Insane asylums in Bengal annual reports 1867-1875 - 1867-1875
Year: 1867
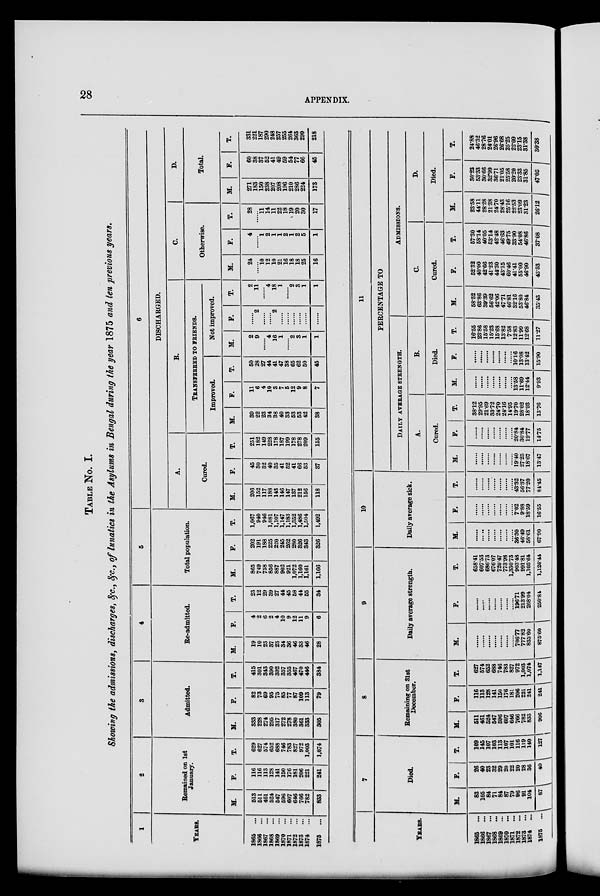
28
APPENDIX.
TABLE No. I.
Showing the admissions, discharges, &c., &c., of lunatics in the Asylums in Bengal during the year 1875 and ten previous years.
1
YEARS
1865
...
1866
...
1867
...
1868
...
1869
...
1870
...
1871
...
1872
...
1873
...
1874
...
1875 ...
2
Remained on 1st
January.
M.
513
511
461
524
547
596
607
646
766
782
833
F.
116
116
113
128
141
150
176
181
206
221
241
T.
629
627
574
652
688
746
783
827
972
1,003
1,074
3
Admitted.
M.
333
228
274
295
317
272
278
380
361
333
305
F.
82
73
69
95
75
85
77
87
109
113
79
T.
415
301
343
390
392
357
355
467
470
446
384
4
Re-admitted.
M.
19
10
23
37
23
34
36
46
33
46
28
F.
4
2
6
2
4
10
9
12
11
9
6
T.
23
12
29
39
27
44
45
58
44
55
34
5
Total population.
M.
865
749
758
856
887
902
921
1,072
1,160
1,161
1,166
F.
202
191
188
225
220
245
262
280
326
343
326
T.
1,067
940
946
1,081
1,107
1,147
1,183
1,352
1,486
1,504
1,492
6
DISCHARGED.
A.
Cured.
M.
206
152
117
188
143
146
147
137
212
156
118
F.
45
30
32
40
35
41
52
41
66
53
37
T.
251
182
149
228
178
187
199
178
278
209
155
B.
TRANSFERRED TO FRIENDS.
Improved.
M.
39
22
23
34
38
40
33
53
53
42
38
F.
11
6
4
10
3
7
5
12
9
8
7
T.
50
28
27
44
41
47
38
65
62
50
45
Not improved.
M.
2
9
......
4
16
1
......
2
3
1
1
F.
......
2
......
......
2
......
......
......
......
......
......
T.
2
11
......
4
18
1
......
2
3
1
1
C.
Otherwise.
M.
24
......
10
12
10
21
16
18
18
25
16
F.
4
......
1
2
1
1
2
1
2
5
1
T.
28
......
11
14
11
22
18
19
20
30
17
D.
Total.
M.
271
183
150
238
207
208
196
210
286
224
173
F.
60
38
37
52
41
49
59
54
77
66
45
T.
331
221
187
290
248
257
255
264
363
290
218
YEARS.
1865
...
1866
...
1867
...
1868
...
1869
...
1870
...
1871
...
1872
...
1873
...
1874 ...
1875
...
7
Died.
M.
83
105
84
71
84
87
79
96
91
104
87
F.
26
40
23
32
29
20
22
20
28
36
40
T.
109
145
107
103
113
107
101
116
119
140
127
8
Remaining on 3lst
December.
M.
511
461
524
547
596
607
646
766
782
833
906
F.
116
113
128
141
150
176
181
206
221
241
241
T.
627
574
652
688
746
783
827
972
1,003
1,074
1,147
9
Daily average strength.
M.
......
......
......
......
......
......
......
706.77
777.82
835.60
875.60
F.
......
......
......
......
......
......
......
196.71
213.99
268.04
250.84
T.
658.41
607.53
686.73
676.07
720.47
773.98
1,330.73
903.48
991.81
1,103.64
1,126.44
10
Daily average sick.
M.
......
......
......
......
......
......
......
36.30
46.49
58.61
67.90
F.
......
......
......
......
......
......
......
7.02
9.88
18.59
16.55
T.
......
......
......
......
......
......
......
43.32
56.37
77.20
84.45
11
PERCENTAGE TO
DAILY AVERAGE STRENGTH.
A.
Cured.
M.
......
......
......
......
......
......
......
19.40
27.25
18.67
13.47
F.
......
......
......
......
......
......
......
20.84
30.84
19.77
14.75
T.
38.12
29.95
21.69
33.72
24.70
24.16
14.95
19.70
28.02
18.93
13.76
B.
Died.
M.
......
......
......
......
......
......
......
13.58
11.69
12.44
9.93
F.
......
......
......
......
......
......
......
10.16
13.08
13.42
15.90
T.
16.55
23.86
15.58
15.23
15.68
13.82
7.58
12.83
11.99
12.68
11.27
ADMISSIONS.
C.
Cured.
M.
58.52
63.86
39.39
56.62
42.06
47.71
46.81
32.16
53.80
46.84
35.43
F.
52.32
40.00
42.66
41.23
44.30
43.15
60.46
41.41
55.00
46.90
43.53
T.
57.30
58.14
40.05
53.14
42.48
46.63
49.75
33.90
54.08
46.86
37.08
D.
Died.
M.
23.58
44.11
28.28
21.38
24.70
28.43
25.16
22.53
23.09
31.23
26.12
F.
30.23
53.33
30.66
32.99
36.71
21.05
25.58
20.20
23.33
31.85
47.05
T.
24.88
46.32
28.76
24.01
26.96
26.68
25.25
22.09
23.15
31.38
30.38